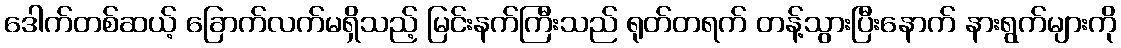
ဒေါက်တစ်ဆယ့် ခြောက်လက်မရှိသည့် မြင်းနက်ကြီးသည် ရုတ်တရက် တန့်သွားပြီးနောက် နားရွက်များကို